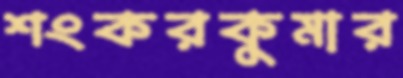
শংকরকুমার